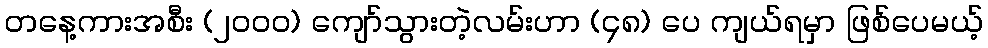
တနေ့ကားအစီး (၂၀၀၀) ကျော်သွားတဲ့လမ်းဟာ (၄၈) ပေ ကျယ်ရမှာ ဖြစ်ပေမယ့်